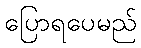
ပြောရပေမည်